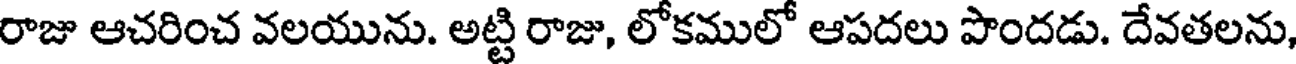
రాజు ఆచరించ వలయును. అట్టి రాజు, లోకములో ఆపదలు పొందడు. దేవతలను,